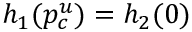
h _ { 1 } ( p _ { c } ^ { u } ) = h _ { 2 } ( 0 )